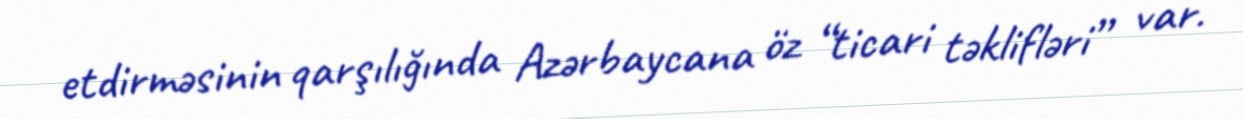
etdirməsinin qarşılığında Azərbaycana öz “ticari təklifləri” var.